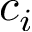
c _ { i }